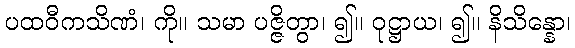
ပထဝီကသိဏံ၊ ကို။ သမာ ပဇ္ဇိတွာ၊ ၍။ ဝုဋ္ဌာယ၊ ၍။ နိသိန္နော၊